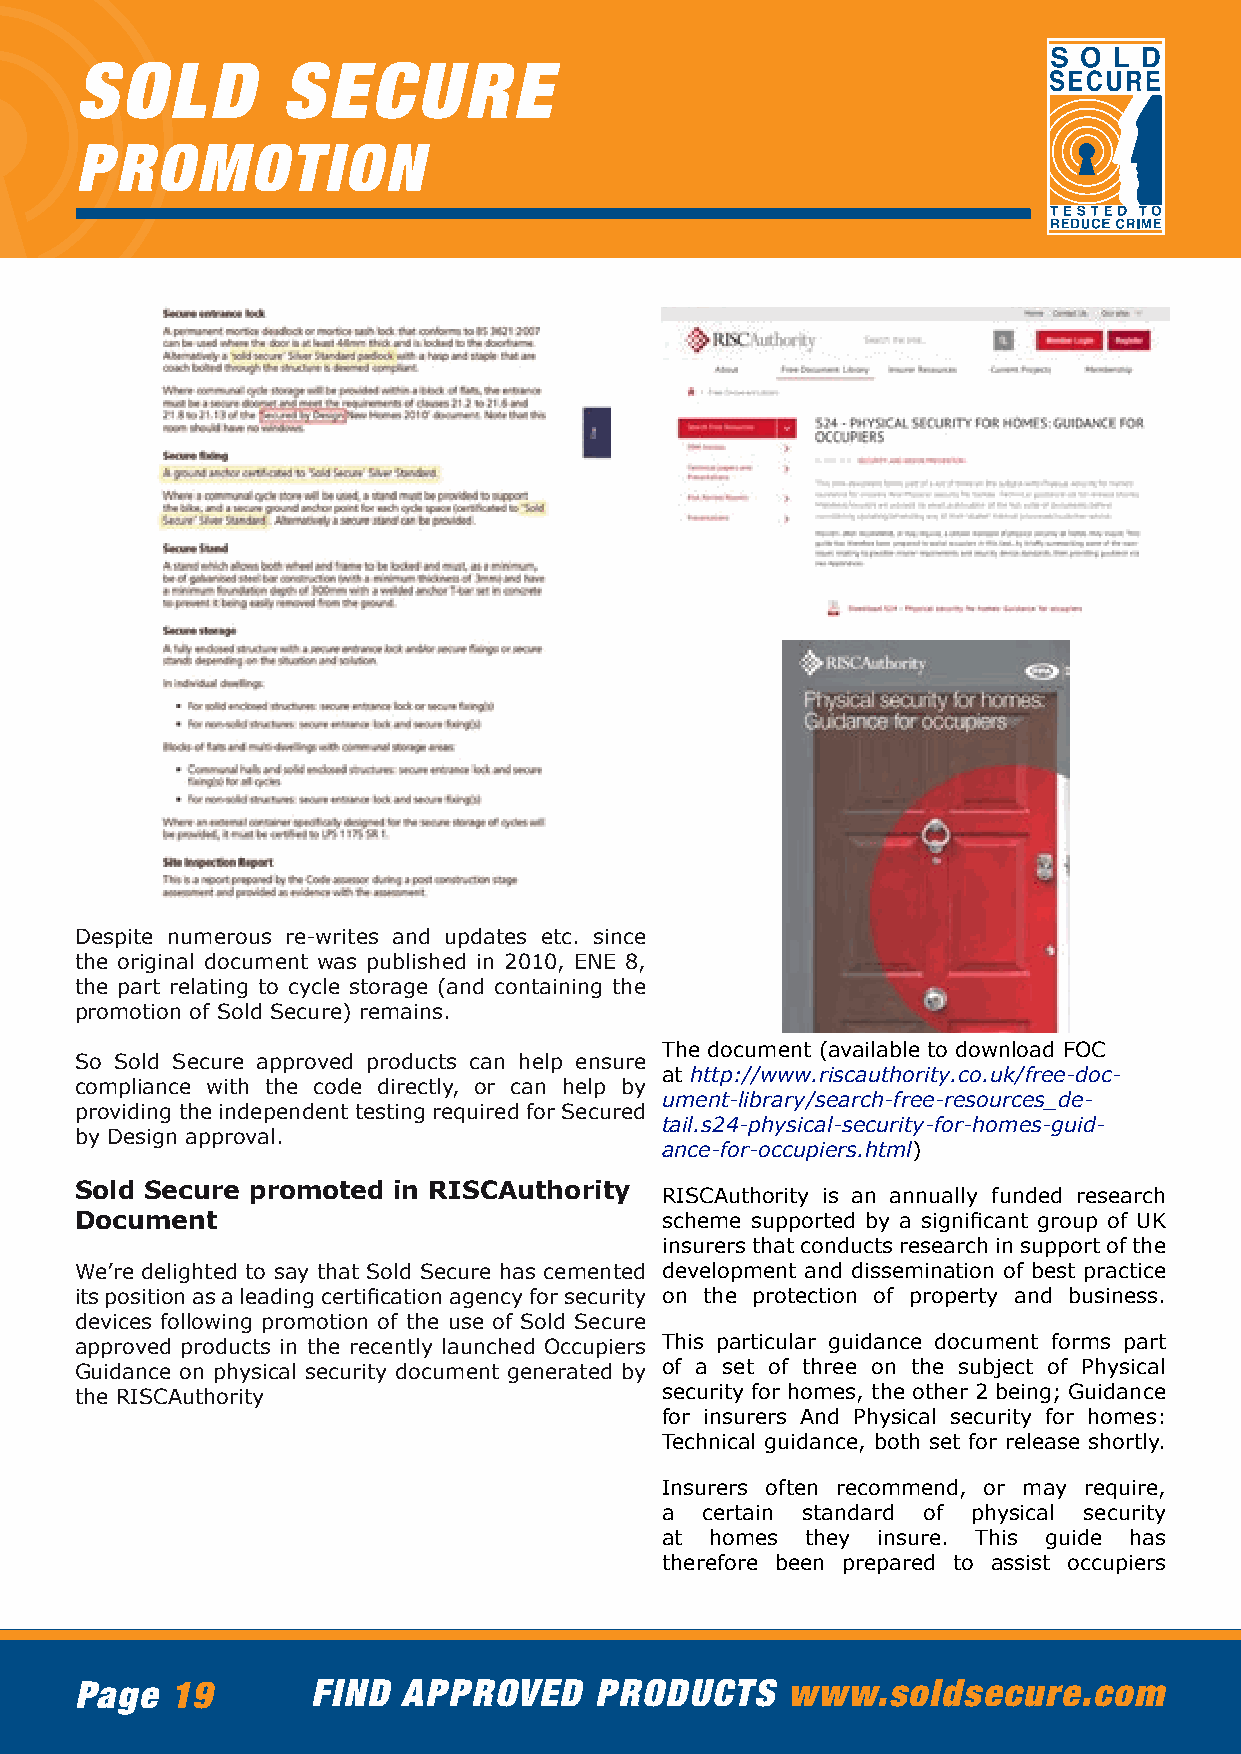
SOLD          SECURE
 PROMOTION
 Despite numerous re-writes and updates etc. since
 the original document was published in 2010, ENE 8,
 the part relating to cycle storage (and containing the
 promotion of Sold Secure) remains.
 The document (available to download FOC
 So Sold Secure approved products can help ensure
 at http://www.riscauthority.co.uk/free-doc-
 compliance with the code directly, or can help by
 ument-library/search-free-resources_de-
 providing the independent testing required for Secured
 tail.s24-physical-security-for-homes-guid-
 by Design approval.
 ance-for-occupiers.html)
 Sold Secure promoted in RISCAuthority
 RISCAuthority is an annually funded research
 Document                               scheme supported by a significant group of UK
 insurers that conducts research in support of the
 We’re delighted to say that Sold Secure has cemented development and dissemination of best practice
 its position as a leading certification agency for security on the protection of property and business.
 devices following promotion of the use of Sold Secure
 approved products in the recently launched Occupiers This particular guidance document forms part
 Guidance on physical security document generated by of a set of three on the subject of Physical
 the RISCAuthority                      security for homes, the other 2 being; Guidance
 for insurers And Physical security for homes:
 Technical guidance, both set for release shortly.
 Insurers often recommend, or may require,
 a certain standard of physical security
 at homes they insure. This guide has
 therefore been prepared to assist occupiers
 Page  19        FIND  APPROVED    PRODUCTS     www.soldsecure.com